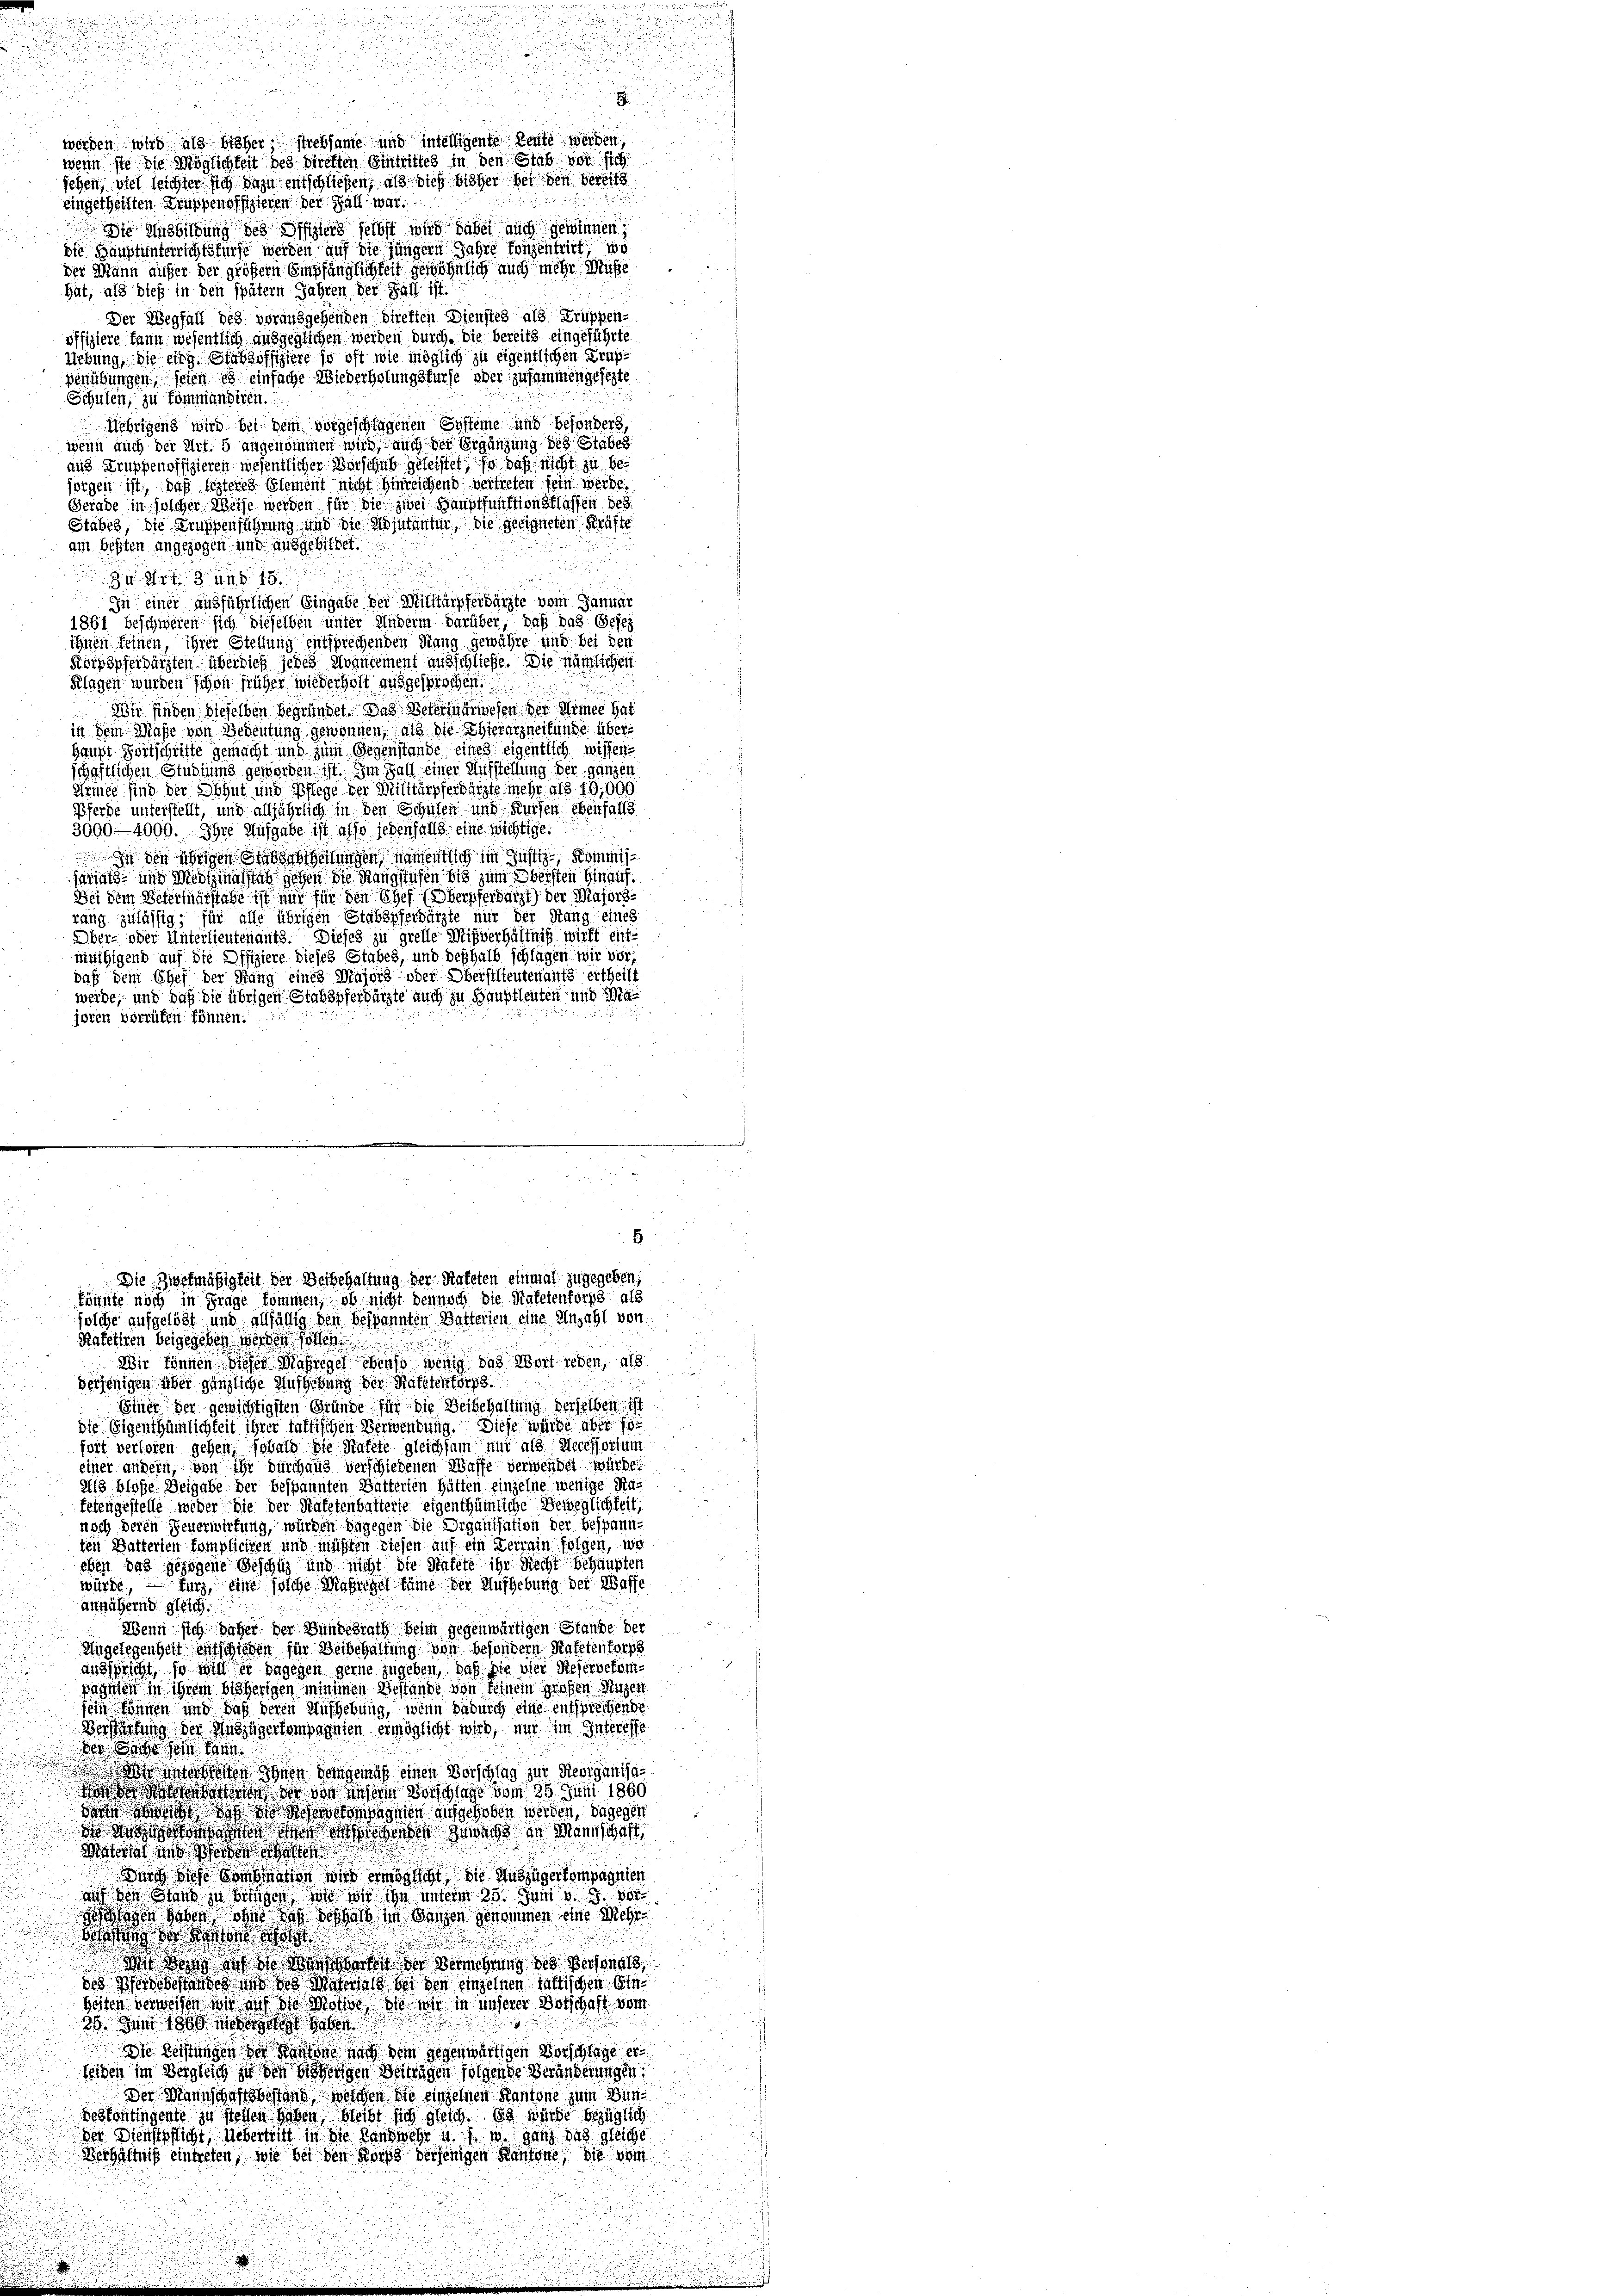
u
werden wird als bisher, strebsame und intelligente Leute werden
wenn ste die Möglichkeit des Direkten Eintrittes in den Stab vor sich
sehen, viel leichter sich dazu entschließen, als dies bisher bei den bereits
eingetheilten Truppenoffizieren der Fall war.
 die Ausbildung des Offiziers selbst wird dabei auch gewinnen;
die Hauptunterrichtsfürst werden auf die jüngern Jahre konzentritt, wo
der Mann aufer der größern Empfänglichkeit gewöhnlich auch mehr Muse
hat, als dies in den später Jahren der Fall ist.
Der Wegfall des vorausgehenden direften Dienstes als Truppen-
offiziere kann wesentlich ausgeglichen werden durch. die bereits eingeführte
Uebung, die eing. Stabsoffiziere so oft wie möglich zu eigentlichen Krup¬
Benützungen seien ich einfache Wiederholungsfürse oder zusammengesezte
Schulen, zu kommandiren.
Uebrigens wird bei dem vorgeschlagenen Systeme und besonders,

wenn auch der Art. 5 angenommen wird, auch der Ergänzung des Stabes
und Truppenoffizieren wesentlicher Bursches geleistet, so daß nicht zu 60
sorgen ist, daß lezteres Element nicht hinreichend vertreten sein werde.
Gerade in solcher Weise werden für die zwei Hauptfunktionsklassen des
Stabes, die Krapfenführung und die Ajutanten, die geeigneten Kräfte
am besten angezogen und ausgebildet.
34 Art. 3 und 15.
In einer ausführlichen Eingabe der Militärpferdärzte vom Januar
1861 beschweren sich dieselben unter Anderm darüber daß das Gesez
ihnen keinen, ihrer Stellung entsprechenden Rang gewähre und bei den
Körpspferdärzten überdiese jedes avantement ausschließe. Die nämlichen
Klagen wurden schon früher wiederholt ausgesprochen.

Wir finden dieselben begründet. Das Veterinärwesen der Simet hat
in dem Maße von Bedeutung gewonnen, als die Thierarzneifunde über¬
Haupt Dortschritte gemacht und zum Gegenstande eines eigentlich wissen-
schaftlichen Studiums geworden ist. Im Fall einer Aufstellung der ganzen
Armee sind der Obhut und Pflege der Militärpferdärzte mehr als 10,000
Pferde unterstellt, und alljährlich in den Schulen und Kursen ebenfalls
3000 - 4000. Ihre Aufgabe ist also jedenfalls eine wichtige
In den übrigen Stabschreitungen, namentlich im Justiz- Kommisjariats- und Medizinalstab gehen die Stangstufen bis zum Obersten hinauf.
Bei dem Veterialstabe ist mir für den Chef (Oberpferdarzt) der Majorsrung zulässig; für alle übrigen Stabspferdärzte nur der Rang eines
Ober- oder Unterlieutenants. Dieses zu grelle Mißverhältniß wirft entmüthigend auf die Offiziere dieses Stabes, und deßhalb schlagen wir vor
daß dem Chef der Mang eines Majors oder Oberstlieutenants ertheilt
werde; und daß die übrigen Stabspferdärzte auch zu Hauptleuten und Ma¬

foren vorrüfen können.

.

8
Die Zwekmäßigkeit der Beibehaltung der Stateten einmal zugegeben;
könnte noch in Frage kommen, ob nicht dennoch die Hafetentorp als
solche aufgelöst und allfällig den bespannten Betterien eine Anzahl von

Kafetiren beigegeben werden sollen.
Wir können dieser Maßregel ebenso wenig das Wort reden, als
verjenigen aber gänzliche Aufhebung der Ratetentorp.
Einer der gewichtigsten Gründe für die Verbehaltung derselben ist
die Eigenthümlichkeit ihrer fattischen Verwendung. Diese würde aber sofort verloren gehen, sobald die Hafele gleichsam nur als Accessorium
einer andern, von ihr durchaus verschiedenen Waffe verwendet würde
Als blose Weigabe der bespannten Batterten hätten einzelne wenige Matetengestelle weder die der Kafetenbatterie eigenthümliche Beweglichkeit,
noch deren Feuerwirtung, würden dagegen die Organisation der bespann
ten Batterien kompliciren und müßten diesen auf ein Terrain folgen, wo
eben das gezogene Beschüz und nicht die Statte ihr Recht behaupten
würde, – fürz, eine solche Maßregel käme der Aufhebung der Waffe
annähernd gleich.
Wenn sich daher der Bundesrath beim gegenwärtigen Stande der
Angelegenheit entschieden für Beibehaltung von besondern Stafetentorp
ausspricht, so will er dagegen gerne zugeben, daß sie vier Referbekomahnten in ihrem bisherigen Minimen Bestände von seinem großen Nuzen
sein können und daß deren Aufhebung, wenn dadurch eine entsprechende
Verstündung der Weggerkompagnien ermöglicht wird, nur im Interess
der Sache sein kann.
.
 itereiten Ihnen demgemäß einen Vorschlag zur Reviganisaoss ich in der die wesen Vorschlage vom 26. Juni 1860
dann erstomagnien aufgehoben werden, dagegen
 odern habe und doch aber zu wachs in Mannschaft,
Vateriat und so
Durch diese Sonstation wird ermöglicht die Auszügerkompagnien
aud von Stand zu bringen, wie wir ihn unterm 25. Juni v. 9.
 Wagen haben ohne nach deshalb in Ganzen genommen eine Mehr
g ds Karten a

Mit Wohns sah die Wieserhalt der Vermehrung des Personals,
oss in des Materius in den einzelnen hattischen Sin
beiten verweisen wir auch die Motive, die wir in unserer Botschaft vor
25. Juni 1860 er ergelegt habe
io leistungen der Kantone nach dem gegenwärtigen Vorschlage erseiden im Vergleich zu den bisherigen Beitragen folgende Veränderungen.
Der Mannschaftsbestand welchen die einzelnen Kantone zum Bundeskontingende zu stellen haben, bleibt sich gleich. Es würde bezüglich
der Dienstpflicht, Uebertritt in die Landwehr u. s. w. ganz das gleiche
Verhältniß eintreten, wie bei den Korps derjenigen Kantone, die vom